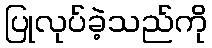
ပြုလုပ်ခဲ့သည်ကို